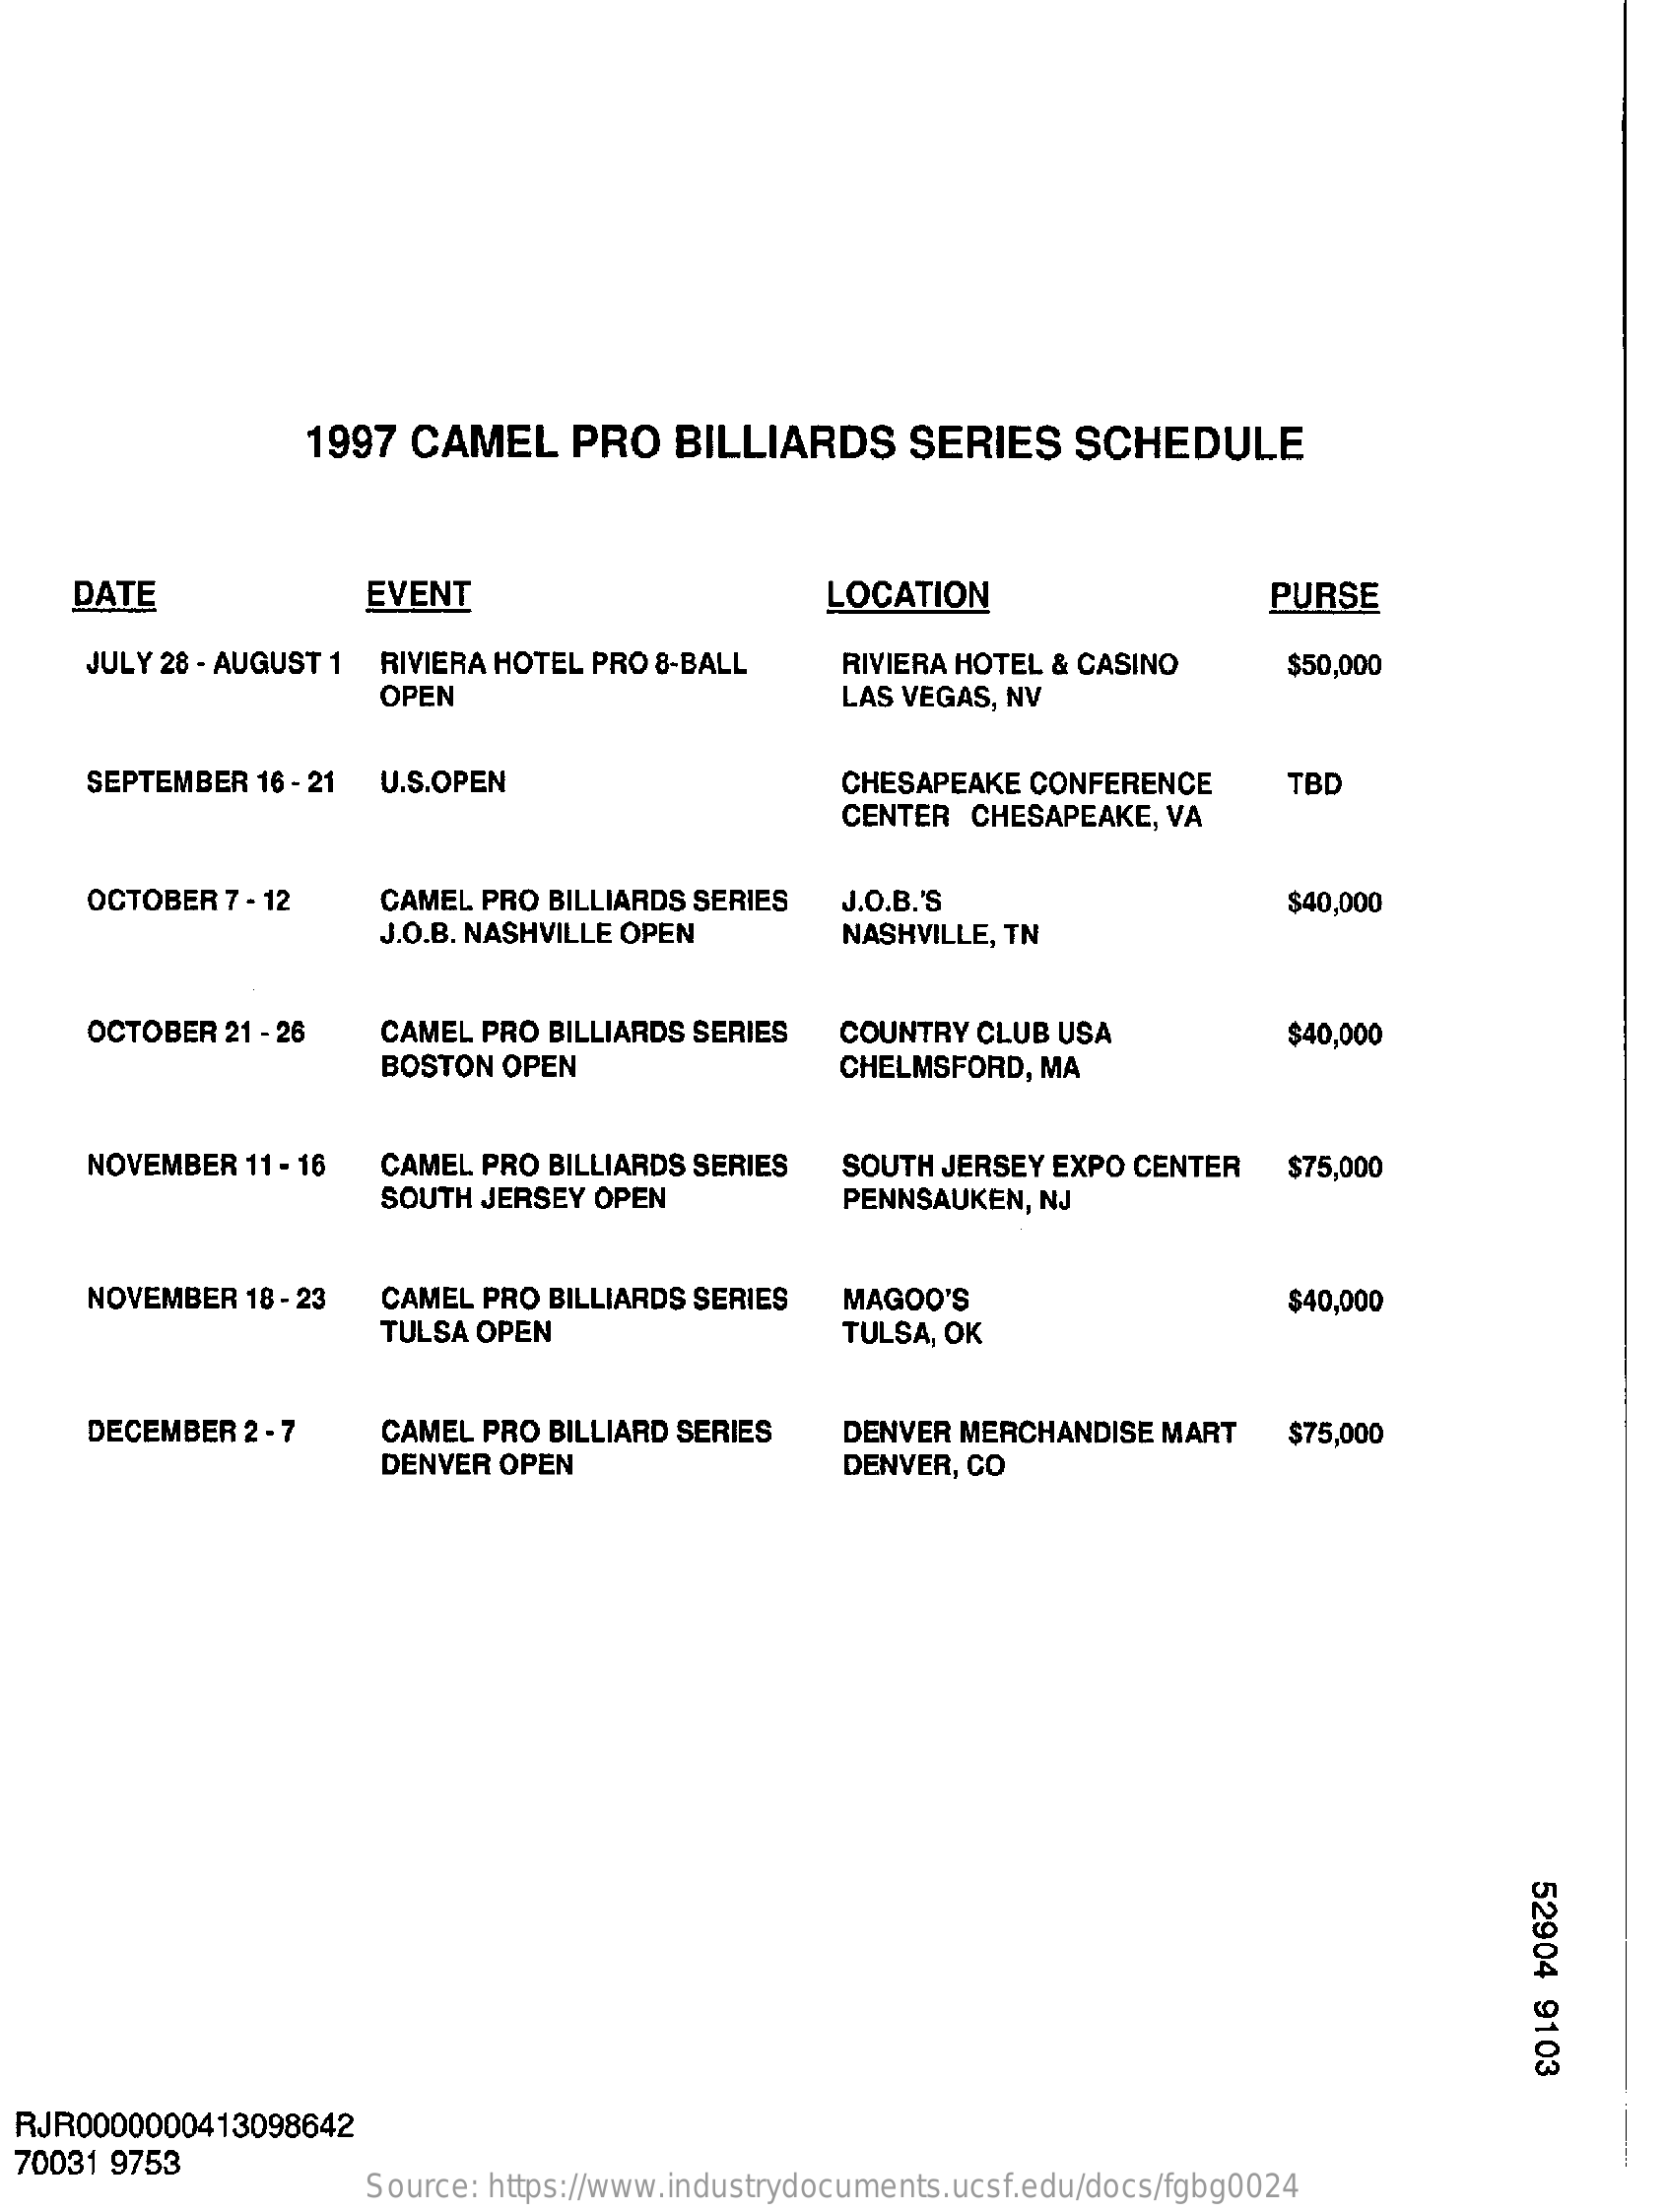
1997 CAMEL  PRO  BILLIARDS  SERIES  SCHEDULE
    DATE    EVENT    LOCATION    PURSE
    JULY 28 - AUGUST 1 RIVIERA HOTEL PRO 8-BALL RIVIERA HOTEL & CASINO
     OPEN    LAS VEGAS, NV
     $50,000
    SEPTEMBER 16 - 21 U.S.OPEN    CHESAPEAKE CONFERENCE TBD
     CENTER CHESAPEAKE, VA
    OCTOBER 7 - 12 CAMEL PRO BILLIARDS SERIES
     J.O.B. NASHVILLE OPEN
     J.O.B.'S
     NASHVILLE, TN
     $40,000
    OCTOBER 21 - 26 CAMEL PRO BILLIARDS SERIES COUNTRY CLUB USA $40,000
     BOSTON OPEN    CHELMSFORD, MA
    NOVEMBER 11 - 16 CAMEL PRO BILLIARDS SERIES SOUTH JERSEY EXPO CENTER
     PENNSAUKEN, NJ
     $75,000
     SOUTH JERSEY OPEN
    NOVEMBER 18 - 23 CAMEL PRO BILLIARDS SERIES MAGOO'S
     TULSA OPEN    TULSA, OK
     $40,000
    DECEMBER 2 - 7 CAMEL PRO BILLIARD SERIES DENVER MERCHANDISE MART $75,000
     DENVER OPEN    DENVER, CO
     52904
     9103
  RJR0000000413098642
  70031 9753
     Source: https://www.industrydocuments.ucsf.edu/docs/fgbg0024